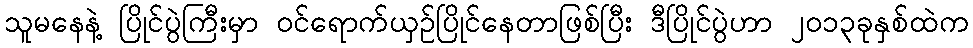
သူမနေနဲ့ ပြိုင်ပွဲကြီးမှာ ဝင်ရောက်ယှဉ်ပြိုင်နေတာဖြစ်ပြီး ဒီပြိုင်ပွဲဟာ ၂၀၁၃ခုနှစ်ထဲက